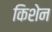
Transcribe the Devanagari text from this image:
किशेन